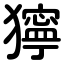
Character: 獰